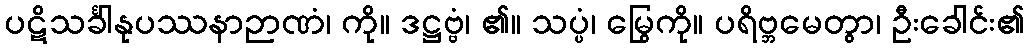
ပဋိသင်္ခါနုပဿနာဉာဏံ၊ ကို။ ဒဋ္ဌဗ္ဗံ၊ ၏။ သပ္ပံ၊ မြွေကို။ ပရိဗ္ဘမေတွာ၊ ဦးခေါင်း၏